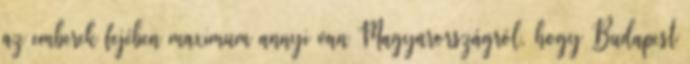
az emberek fejében maximum annyi van Magyarországról, hogy Budapest